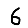
Digit: 6